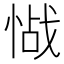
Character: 𱞰